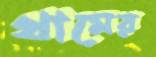
থামের